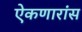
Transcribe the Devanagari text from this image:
ऐकणारांस